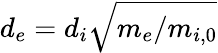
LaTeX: d_{e}=d_{i}\sqrt{m_{e}/m_{i,0}}